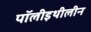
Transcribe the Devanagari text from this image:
पॉलीइथीलीन